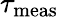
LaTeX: \tau_{\mathrm{meas}}